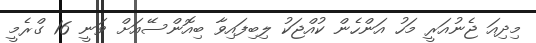
މިދިއަ ޖެނުއަރީ މަހު އަންހެން ކުއްޖަކު ލިބިފައިވާ ބިއޮންސޭއަށް ވަނީ 16 ގްރެމީ